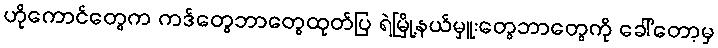
ဟိုကောင်တွေက ကဒ်တွေဘာတွေထုတ်ပြ ရဲမြို့နယ်မှူးတွေဘာတွေကို ခေါ်တော့မှ